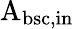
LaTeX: \mathrm{A_{bsc,in}}